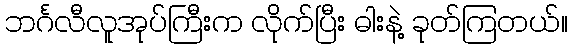
ဘင်္ဂလီလူအုပ်ကြီးက လိုက်ပြီး ဓါးနဲ့ ခုတ်ကြတယ်။